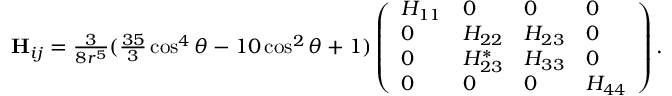
\begin{array} { r } { \mathbf { H } _ { i j } = \frac { 3 } { 8 r ^ { 5 } } ( \frac { 3 5 } { 3 } \cos ^ { 4 } \theta - 1 0 \cos ^ { 2 } \theta + 1 ) \left( \begin{array} { l l l l } { H _ { 1 1 } } & { 0 } & { 0 } & { 0 } \\ { 0 } & { H _ { 2 2 } } & { H _ { 2 3 } } & { 0 } \\ { 0 } & { H _ { 2 3 } ^ { * } } & { H _ { 3 3 } } & { 0 } \\ { 0 } & { 0 } & { 0 } & { H _ { 4 4 } } \end{array} \right) . } \end{array}